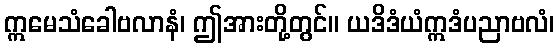
ဣမေသံခေါဗလာနံ၊ ဤအားတို့တွင်။ ယဒိဒံယံဣဒံပညာဗလံ၊